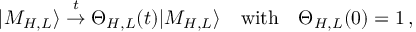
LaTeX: | M _ { H , L } \rangle \stackrel { t } { \to } \Theta _ { H , L } ( t ) | M _ { H , L } \rangle \quad \mathrm { w i t h } \quad \Theta _ { H , L } ( 0 ) = 1 \, ,